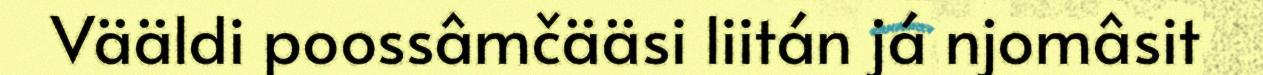
Vääldi poossâmčääsi liitán já njomâsit